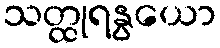
သတ္ထုရနွယော